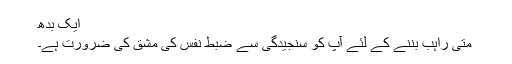
ایک بدھ
متی راہب بننے کے لئے آپ کو سنجیدگی سے ضبط نفس کی مشق کی ضرورت ہے۔